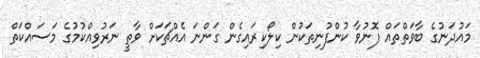
މައުދަނުގެ ބާވަތްތައް ފޮނުވާ ކުންފުނިތަކުން ކިލޯކިރައިގެން ގަންނަ އެއްޗަކަށް ވާތީ ނަރުވިއްކުމުގެ މަސައްކަތް